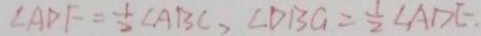
\angle A D F = \frac { 1 } { 2 } \angle A B C , \angle D B G = \frac { 1 } { 2 } \angle A D E